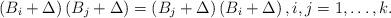
LaTeX: \begin{align*}\left( {{B_i} + \Delta} \right)\left( {{B_j} + \Delta} \right) = \left( {{B_j} + \Delta} \right)\left( {{B_i} + \Delta} \right),i,j = 1, \hdots ,k.\end{align*}